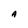
Character: A